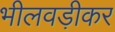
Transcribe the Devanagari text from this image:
भीलवड़ीकर